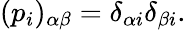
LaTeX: (p_{i})_{\alpha\beta}=\delta_{\alpha i}\delta_{\beta i}.